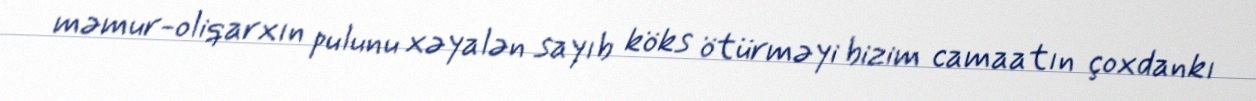
məmur-oliqarxın pulunu xəyalən sayıb köks ötürməyi bizim camaatın çoxdankı